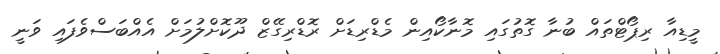
މީޑިއާ ރިޕޯޓްތައް ބުނާ ގޮތުގައި މޮނާކޯއިން މެޑްރިޑަށް ރޮޑްރިގޭޒް ދޫކޮށްލުމަށް އެއްބަސްވެފައި ވަނީ